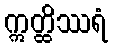
ဣတ္ထိဿရံ